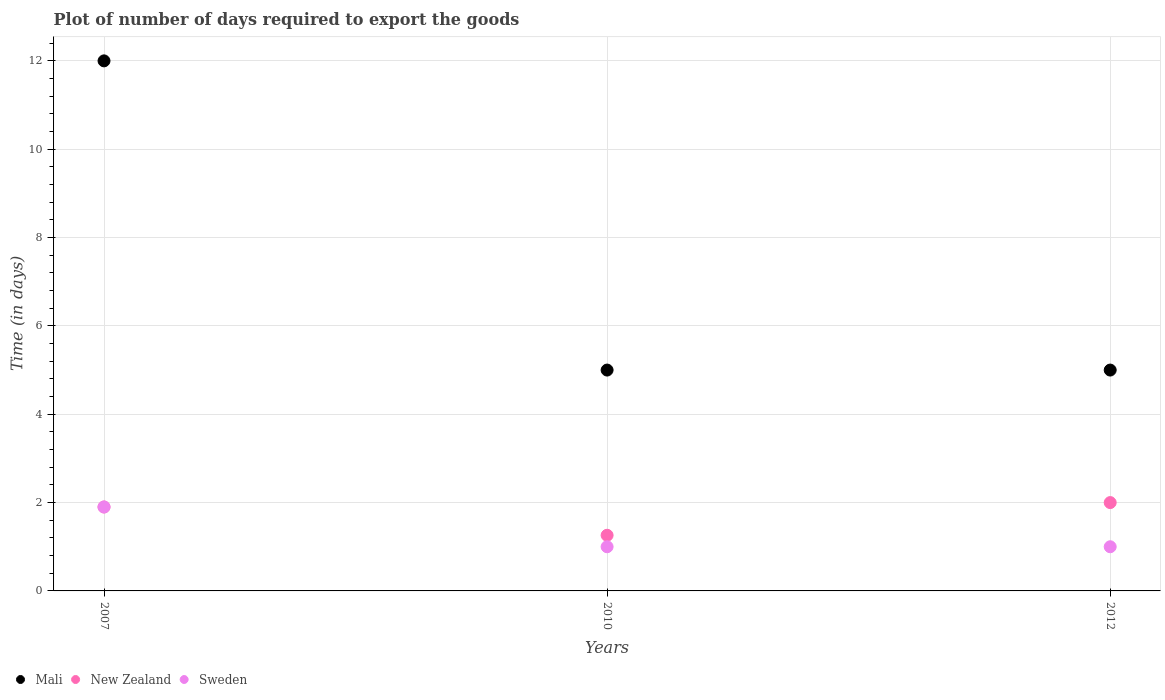
| Years | Mali | New Zealand | Sweden |
 | --- | --- | --- | --- |
 | 2007 | 12 | 1.9 | 1.9 |
 | 2010 | 5 | 1.26 | 1 |
 | 2012 | 5 | 2 | 1 |